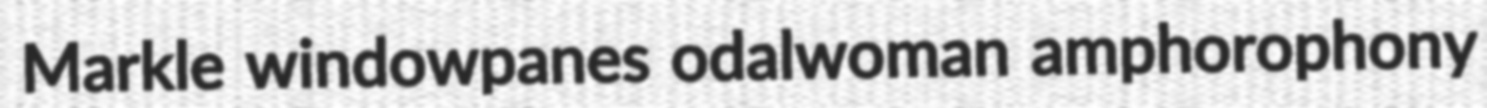
Markle windowpanes odalwoman amphorophony